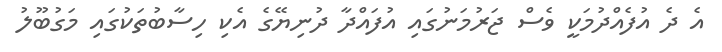
އެ ދެ އުފެއްދުމަކީ ވެސް ޖަރުމަނުގައި އުފައްދާ ދުނިޔޭގެ އެކި ހިސާބުތަކުގައި މަގުބޫލު